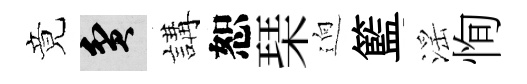
竟貧講恕琹逈籃滛恂